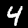
Digit: 4